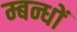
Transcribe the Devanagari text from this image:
म्बन्धों